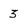
Character: 3